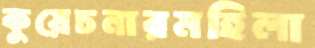
কুয়েচনারমহিলা